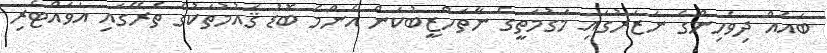
ބައެއް ދިވެހިންގެ ނަޒަރުގައި މަގުމަތީގެ ނާތަހްޒީބުކަން އެންމެ ބޮޑު ޤައުމުތަކުގެ ތެރޭގައި އަވައްޓެރި